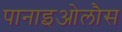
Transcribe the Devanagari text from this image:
पानाइओलौस